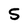
Character: 5